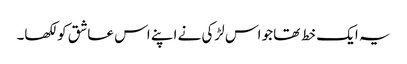
یہ ایک خط تھا جو اس لڑکی نے اپنے اس عاشق کو لکھا۔